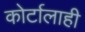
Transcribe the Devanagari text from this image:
कोर्टालाही